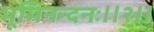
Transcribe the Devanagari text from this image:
भूमिनन्दनः॥२॥